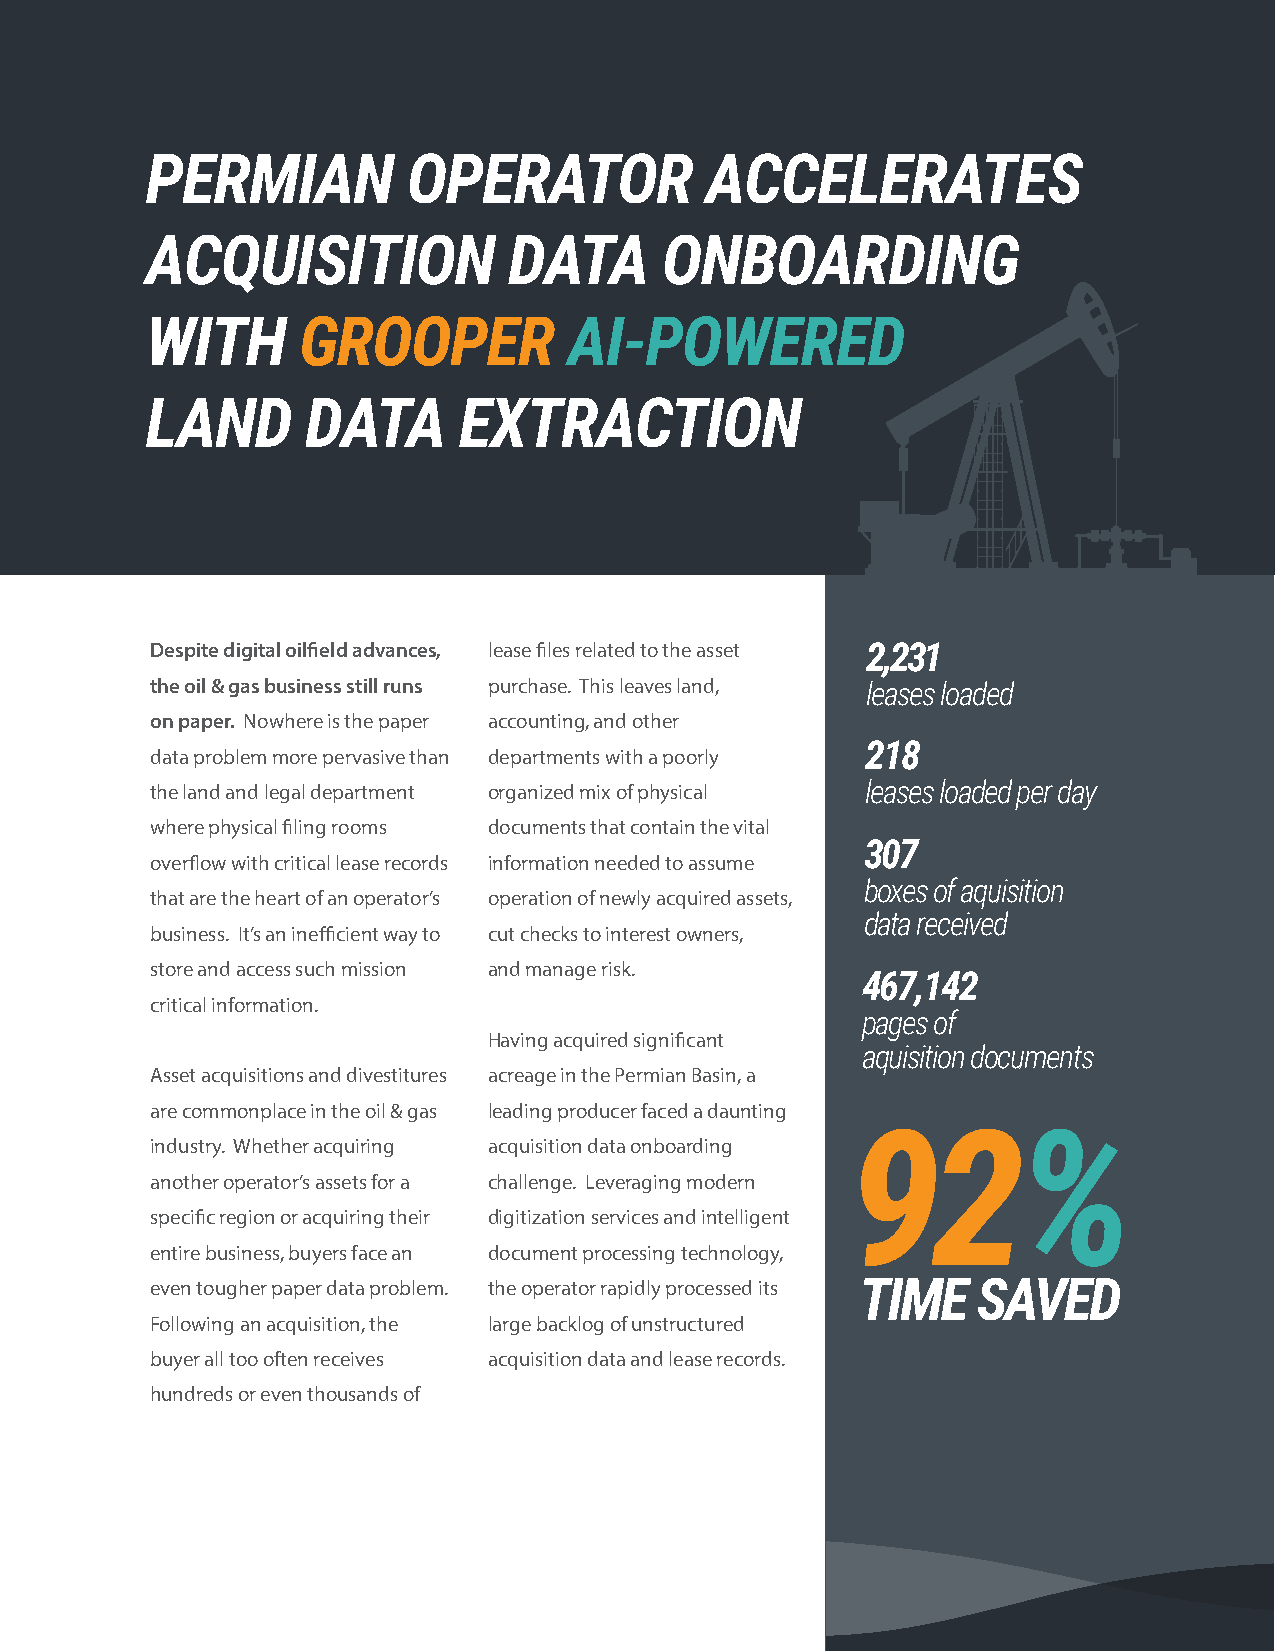
PERMIAN          OPERATOR            ACCELERATES
 ACQUISITION             DATA      ONBOARDING
 WITH      GROOPER           AI-POWERED
 LAND      DATA      EXTRACTION
 Despite digital oilfield advances, lease files related to the asset 2,231
 the oil & gas business still runs purchase. This leaves land, leases loaded
 on paper. Nowhere is the paper accounting, and other
 218
 data problem more pervasive than departments with a poorly
 the land and legal department organized mix of physical leases loaded per day
 where physical filing rooms documents that contain the vital
 307
 overflow with critical lease records information needed to assume
 boxes of aquisition
 that are the heart of an operator’s operation of newly acquired assets,
 data received
 business. It’s an inefficient way to cut checks to interest owners,
 store and access such mission and manage risk.
 467,142
 critical information.
 pages of
 Having acquired significant
 aquisition documents
 Asset acquisitions and divestitures acreage in the Permian Basin, a
 are commonplace in the oil & gas leading producer faced a daunting
 92%
 industry. Whether acquiring acquisition data onboarding
 another operator’s assets for a challenge. Leveraging modern
 specific region or acquiring their digitization services and intelligent
 entire business, buyers face an document processing technology,
 even tougher paper data problem. the operator rapidly processed its TIME SAVED
 Following an acquisition, the large backlog of unstructured
 buyer all too often receives acquisition data and lease records.
 hundreds or even thousands of